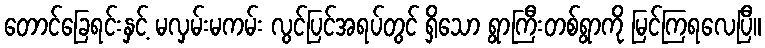
တောင်ခြေရင်းနှင့် မလှမ်းမကမ်း လွင်ပြင်အရပ်တွင် ရှိသော ရွာကြီးတစ်ရွာကို မြင်ကြရလေပြီ။